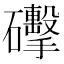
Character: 𥗩